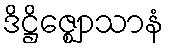
ဒိဋ္ဌိဇ္ဈောသာနံ